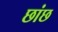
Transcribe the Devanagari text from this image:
छांछ